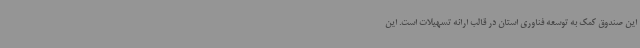
این صندوق کمک به توسعه فناوری استان در قالب ارائه تسهیلات است. این